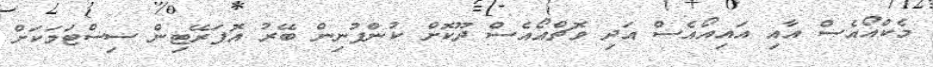
މެކްއޯއެސް އާއި އައިއޯއެސް އަދި ވޮޗްއޯއެސް ދޫކޮށް ކުންފުނިން ބޭރު އޮޕަރޭޓިން ސިސްޓަމަކަށް